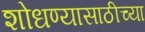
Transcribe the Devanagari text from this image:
शोधण्यासाठीच्या